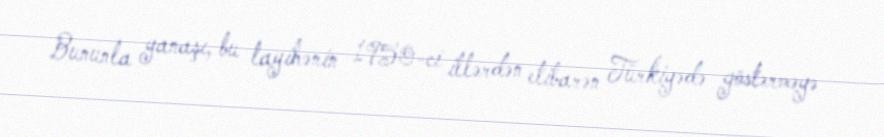
Bununla yanaşı, bu layihənin 1950-ci illərdən etibarən Türkiyədə göstərməyə